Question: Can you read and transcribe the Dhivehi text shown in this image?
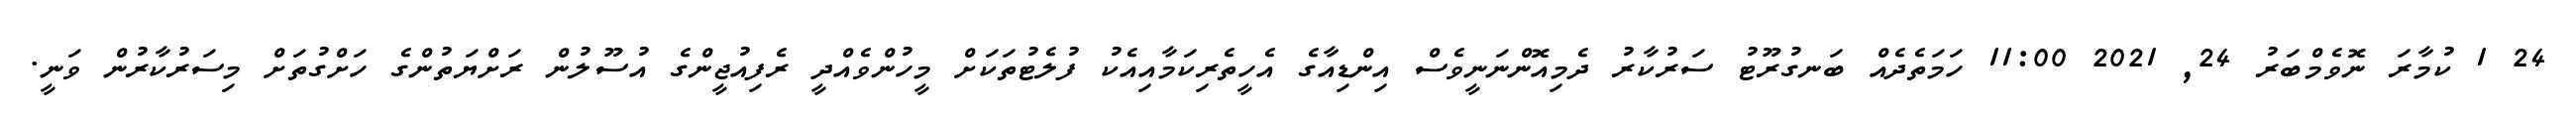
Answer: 24 1 ކުމާރަ ނޮވެމްބަރު 24, 2021 11:00 ހަމަތެދެއް ބަނގުރޫޓު ސަރުކާރު ދެމިއޮންނަނީވެސް އިންޑިއާގެ އެހީތެރިކަމާއިއެކު ފުލެޓުތަކަށް މީހުންވެއްދީ ރެފިއުޖީންގެ އުސޫލުން ރަށްޔަތުންގެ ހަށްގުތަށް މިސަރުކާރުން ވަނީ.